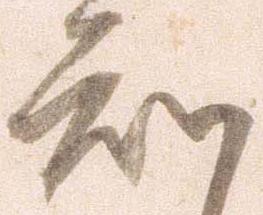
知